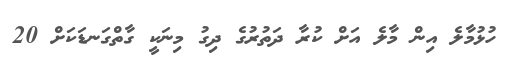
ހުޅުމާލެ އިން މާލެ އަށް ކުރާ ދަތުރުގެ ދިގު މިނަކީ ގާތްގަނޑަކަށް 20